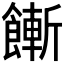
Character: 𩞏